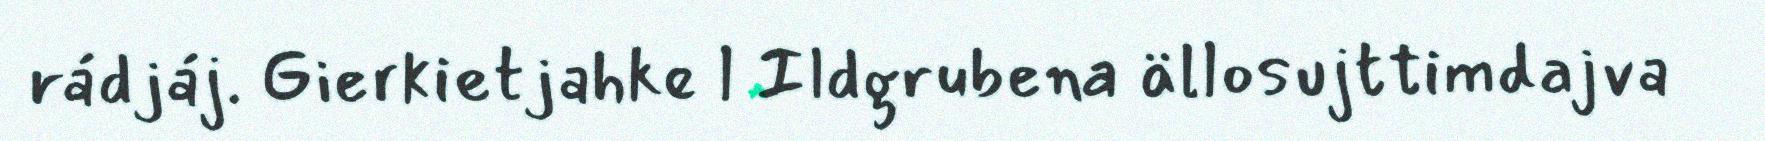
rádjáj. Gierkietjahke l Ildgrubena ällosujttimdajva